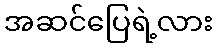
အဆင်ပြေရဲ့လား